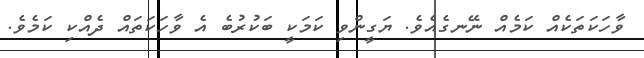
ވާހަކަތަކެއް ކަމެއް ނޭނގެއެވެ. ޔަގީންވި ކަމަކީ ބަކުރުބެ އެ ވާހަކަތައް ދެއްކި ކަމެވެ.